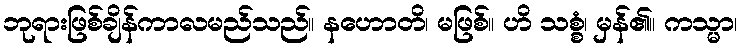
ဘုရားဖြစ်ချိန်ကာလမည်သည်။ နဟောတိ၊ မဖြစ်။ ဟိ သစ္စံ၊ မှန်၏။ ကသ္မာ၊